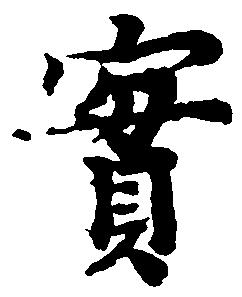
実